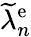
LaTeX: \widetilde{\lambda}_{n}^{\mathrm{e}}